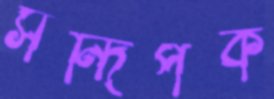
সন্দিপক